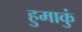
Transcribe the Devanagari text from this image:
हुमाकुं